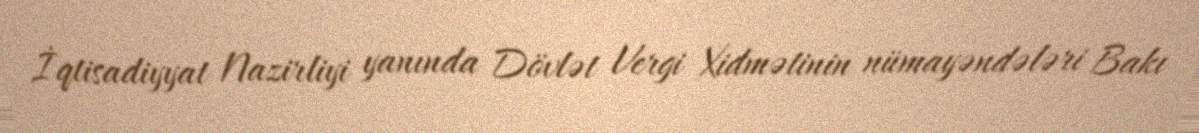
İqtisadiyyat Nazirliyi yanında Dövlət Vergi Xidmətinin nümayəndələri Bakı